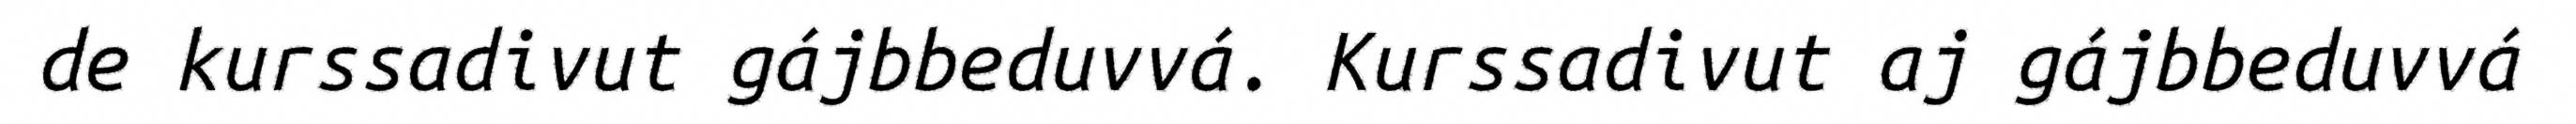
de kurssadivut gájbbeduvvá. Kurssadivut aj gájbbeduvvá